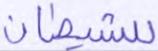
للشيطان